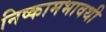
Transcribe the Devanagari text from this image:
निष्कामभावथी